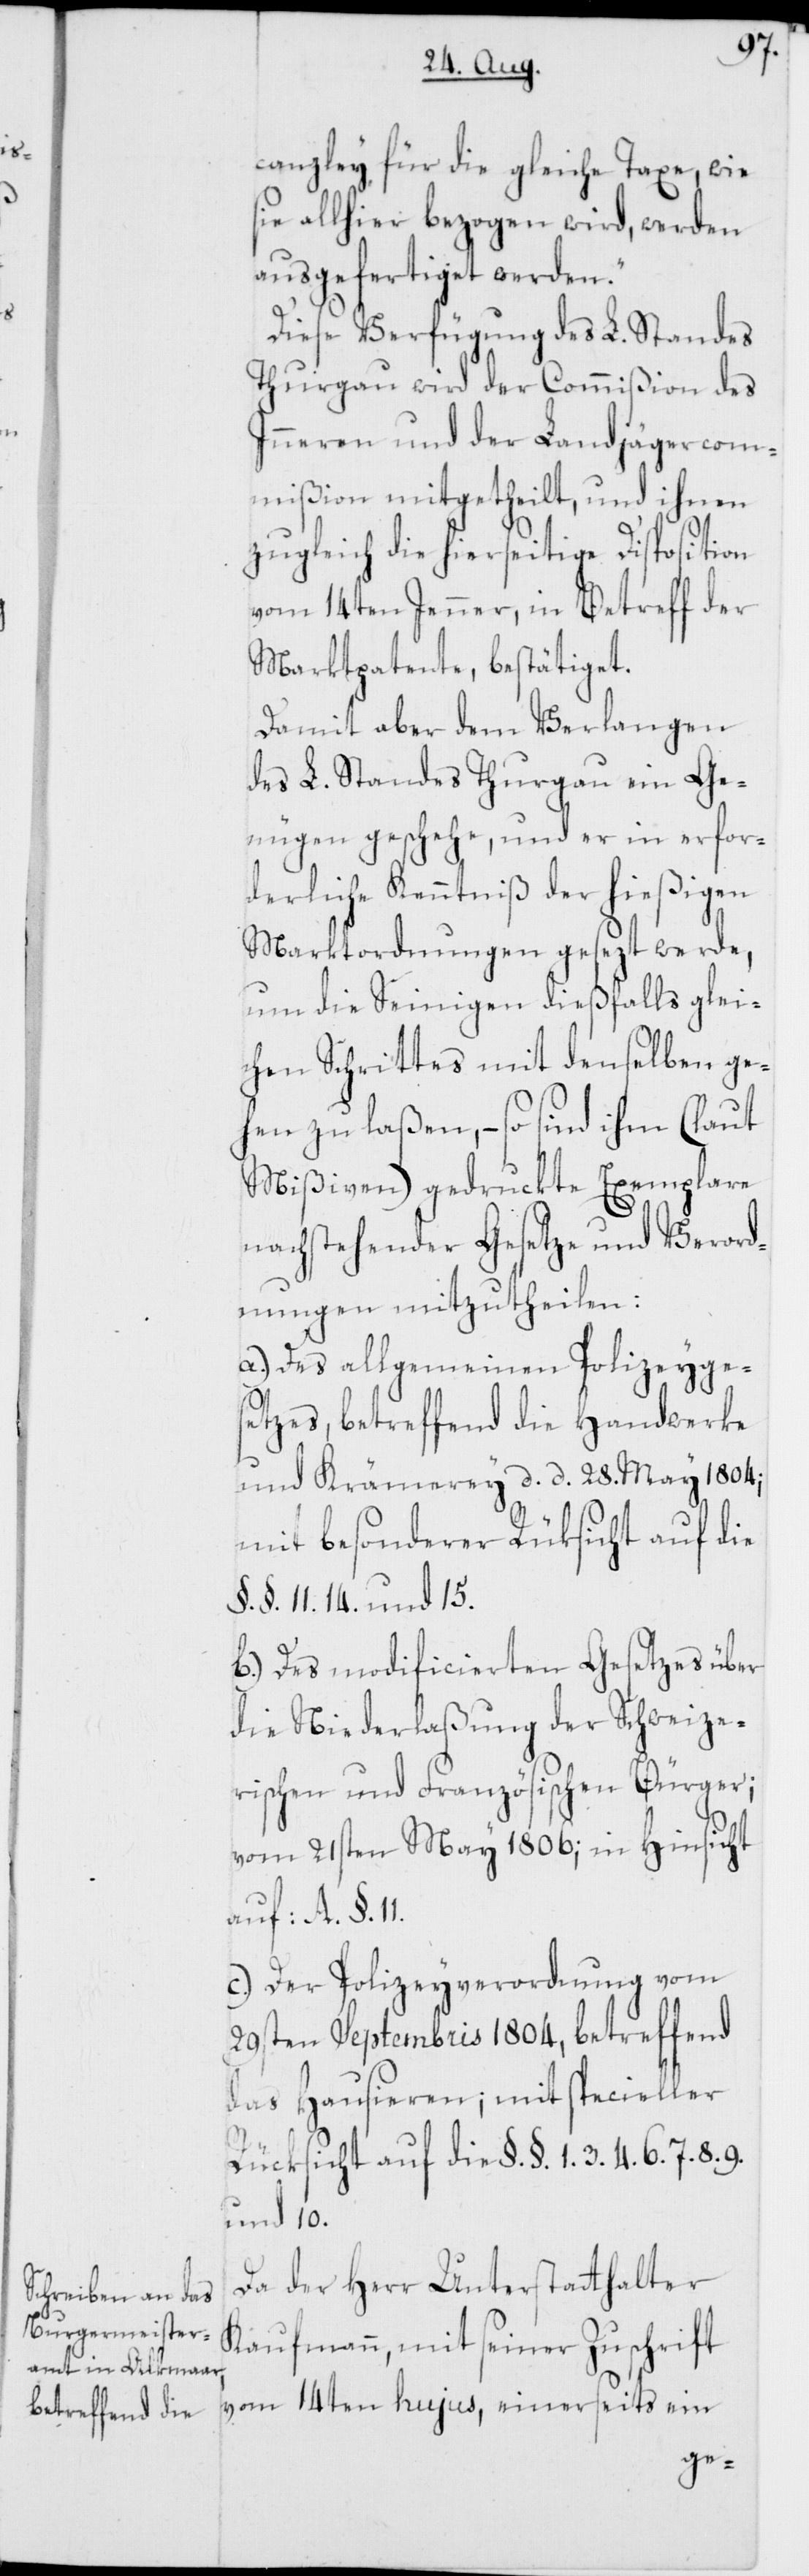
8. 9.
canzley für die gleiche Taxe, wie
sie allhier bezogen wird, werden
ausgefertiget werden.“
Diese Verfügung des L. Standes
Thurgau wird der Commißion des
Inneren und der Landjägercom¬
mißion mitgetheilt, und ihnen
zugleich die hierseitige Disposition
vom 14ten Jenner, in Betreff der
Marktpatente, bestätiget.
Damit aber dem Verlangen
des L. Standes Thurgau ein Ge¬
nügen geschehe, und er in erfor¬
derliche Kenntniß der hießigen
Marktordnungen gesezt werde,
um die Seinigen dießfalls glei¬
chen Schrittes mit denselben ge¬
hen zu laßen, – so sind ihm (laut
Mißiven) gedruckte Exemplare
nachstehender Gesetze und Verord¬
nungen mitzutheilen:
a.) Des allgemeinen Polizeyges¬
etzes, betreffend die Handwerke
und Krämerey, d. d. 28. May 1804;
mit besonderer Rüksicht auf die
§. §. 11. 14. und 15.
b.) Des modificierten Gesetzes über
die Niederlaßung der Schweize¬
rischen und Französischen Bürger;
vom 21sten May 1806; in Hinsicht
auf: A. §.
c.) Der Polizeyverordnung vom
29sten Septembris 1804, betreffend
das Hausieren; mit specieller
Rücksicht auf die §. §. 1. 3. 4. 6.
und 10.
Da der Herr Unterstatthalter
Kaufmann, mit seiner Zuschrift
vom 14ten hujus, einerseits ein